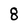
Character: 8